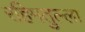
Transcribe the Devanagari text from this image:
रहिमतुल्ला